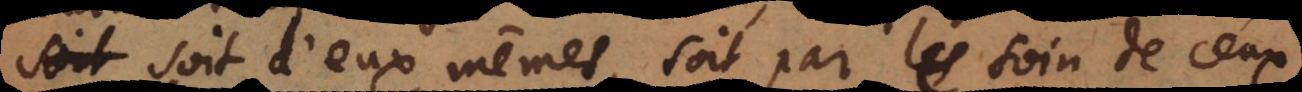
soit d’eux mêmes, soit par le soin de ceux